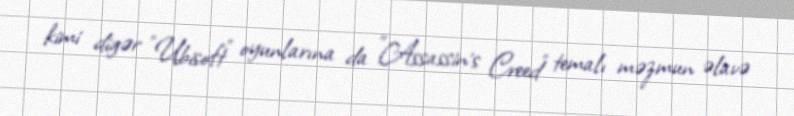
kimi digər "Ubisoft" oyunlarına da "Assassin's Creed" temalı məzmun əlavə